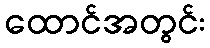
ထောင်အတွင်း